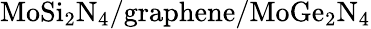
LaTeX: \mathrm{MoSi_{2}N_{4}/graphene/MoGe_{2}N_{4}}